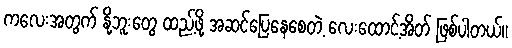
ကလေးအတွက် နို့ဘူးတွေ ထည့်ဖို့ အဆင်ပြေနေစေတဲ့ လေးထောင့်အိတ် ဖြစ်ပါတယ်။